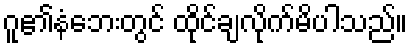
ဂူ၏နံဘေးတွင် ထိုင်ချလိုက်မိပါသည်။